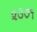
૨૩૭૧